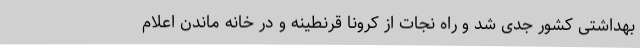
بهداشتی کشور جدی شد و راه نجات از کرونا قرنطینه و در خانه ماندن اعلام